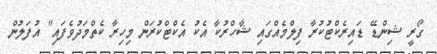
ގޯރީ ޝިންޑޭ ޑައިރެކްޓުކުރާ ފިލްމެއްގައި ޝާހްރުކާ އެކު އެކްޓްކުރަން މިިހިރާ ކެތްމަދުވެފައި" އުފަލުން